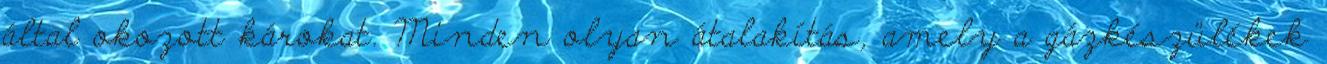
által okozott károkat. Minden olyan átalakítás, amely a gázkészülékek